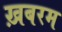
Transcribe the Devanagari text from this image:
ख़बरम